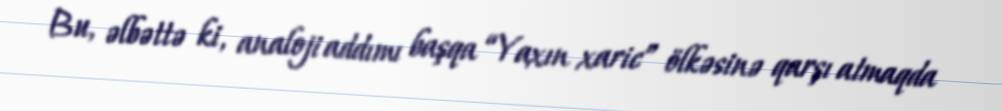
Bu, əlbəttə ki, analoji addımı başqa “Yaxın xaric” ölkəsinə qarşı atmaqda